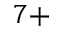
^ { 7 + }